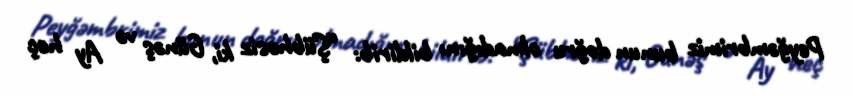
Peyğəmbrimiz bunun doğru olmadığını bildirib: “Şübhəsiz ki, Günəş və Ay heç